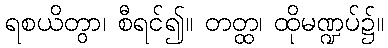
ရစယိတွာ၊ စီရင်၍။ တတ္ထ၊ ထိုမဏ္ဍပ်၌။